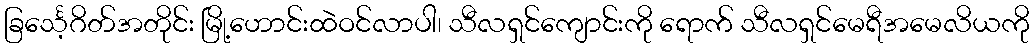
ခြင်္သေ့ဂိတ်အတိုင်း မြို့ဟောင်းထဲဝင်လာပါ၊ သီလရှင်ကျောင်းကို ရောက် သီလရှင်မေရီအမေလိယကို